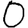
Digit: 0